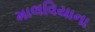
માલવિયાના